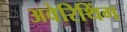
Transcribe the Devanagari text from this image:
अवेरिथिंग